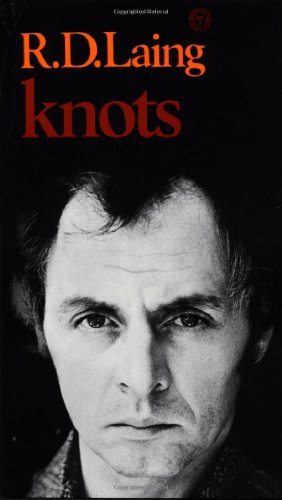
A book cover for Knots; R.D. Laing; Science & Math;